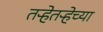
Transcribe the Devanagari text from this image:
तऱ्हेतऱ्हेच्या